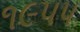
૧૯૫૫